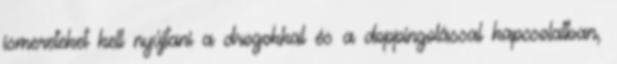
ismereteket kell nyújtani a drogokkal és a doppingolással kapcsolatban,